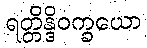
ရတ္တိန္ဒိဝက္ခယော